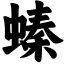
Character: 螓